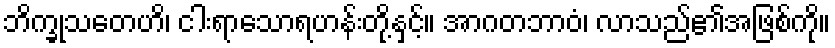
ဘိက္ခုသတေဟိ၊ ငါးရာသောရဟန်းတို့နှင့်။ အာဂတဘာဝံ၊ လာသည်၏အဖြစ်ကို။